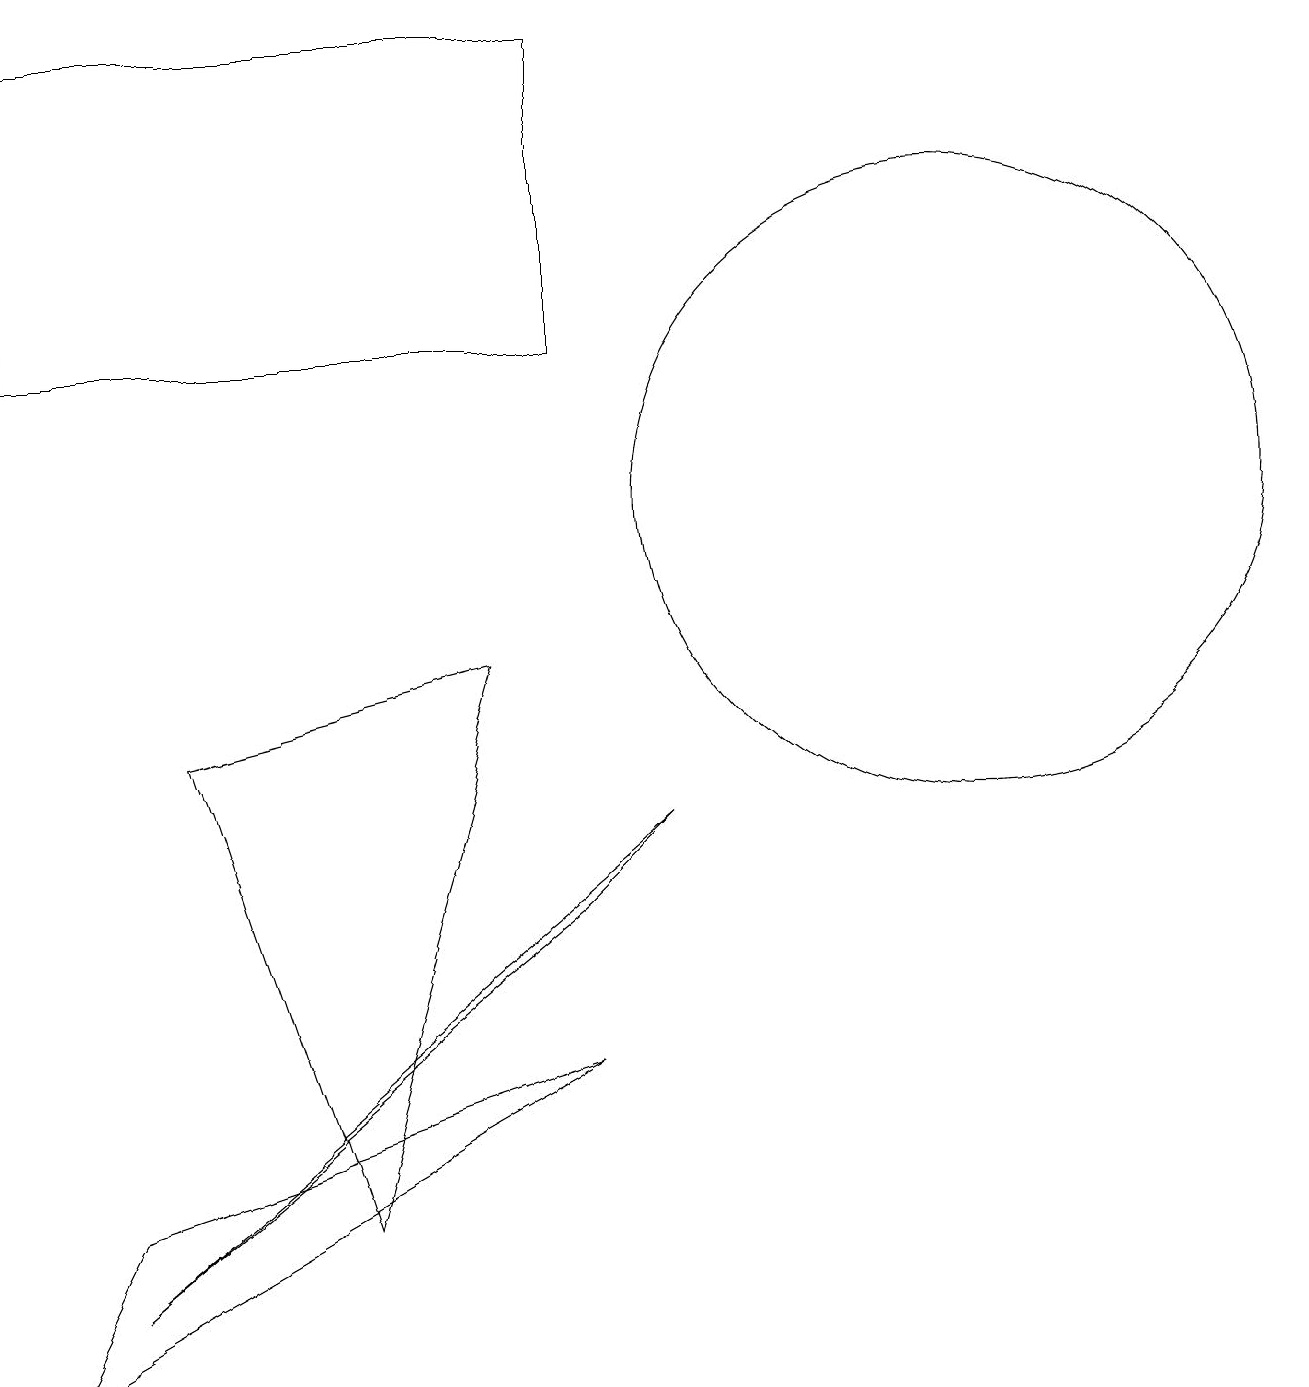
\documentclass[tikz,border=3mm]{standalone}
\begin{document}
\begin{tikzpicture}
\draw (7,13) rectangle (0,17);
\draw (6,9) -- (4,2) -- (2,8) -- cycle;
\draw (7,4) -- (0,0) -- (1,2) -- cycle;
\draw (12,11) circle (4);
\draw (7,6) -- (1,1) -- (8,7) -- cycle;
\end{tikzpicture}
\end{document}